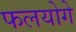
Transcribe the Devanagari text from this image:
फलयोगे